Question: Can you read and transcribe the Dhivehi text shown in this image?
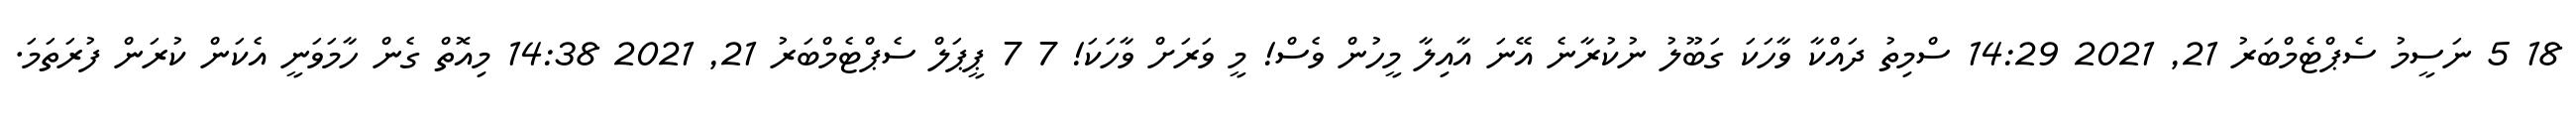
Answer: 18 5 ނަސީމު ސެޕްޓެމްބަރު 21, 2021 14:29 ސްމިތު ދައްކާ ވާހަކަ ގަބޫލު ނުކުރާނެ އޭނަ އާއިލާ މީހުން ވެސް! މީ ވަރަށް ވާހަކަ! 7 7 ޕީޕަލް ސެޕްޓެމްބަރު 21, 2021 14:38 މިއޮތް ގެން ހާމަވަނީ އެކަން ކުރަން ފުރަތަމަ.